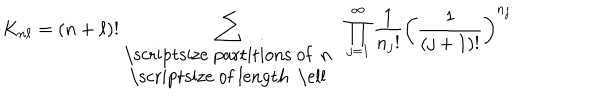
LaTeX: K _ { n \ell } = ( n + \ell ) ! \sum _ { { \mathrm { \scriptsize ~ p a r t i t i o n s ~ o f ~ n ~ } } \atop { \mathrm { \scriptsize ~ o f ~ l e n g t h ~ \ell ~ } } } \; \prod _ { j = 1 } ^ { \infty } \frac { 1 } { { n _ { j } } ! } \left( \frac { 1 } { ( j + 1 ) ! } \right) ^ { n _ { j } }